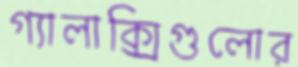
গ্যালাক্সিগুলোর